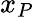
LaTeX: x_{P}